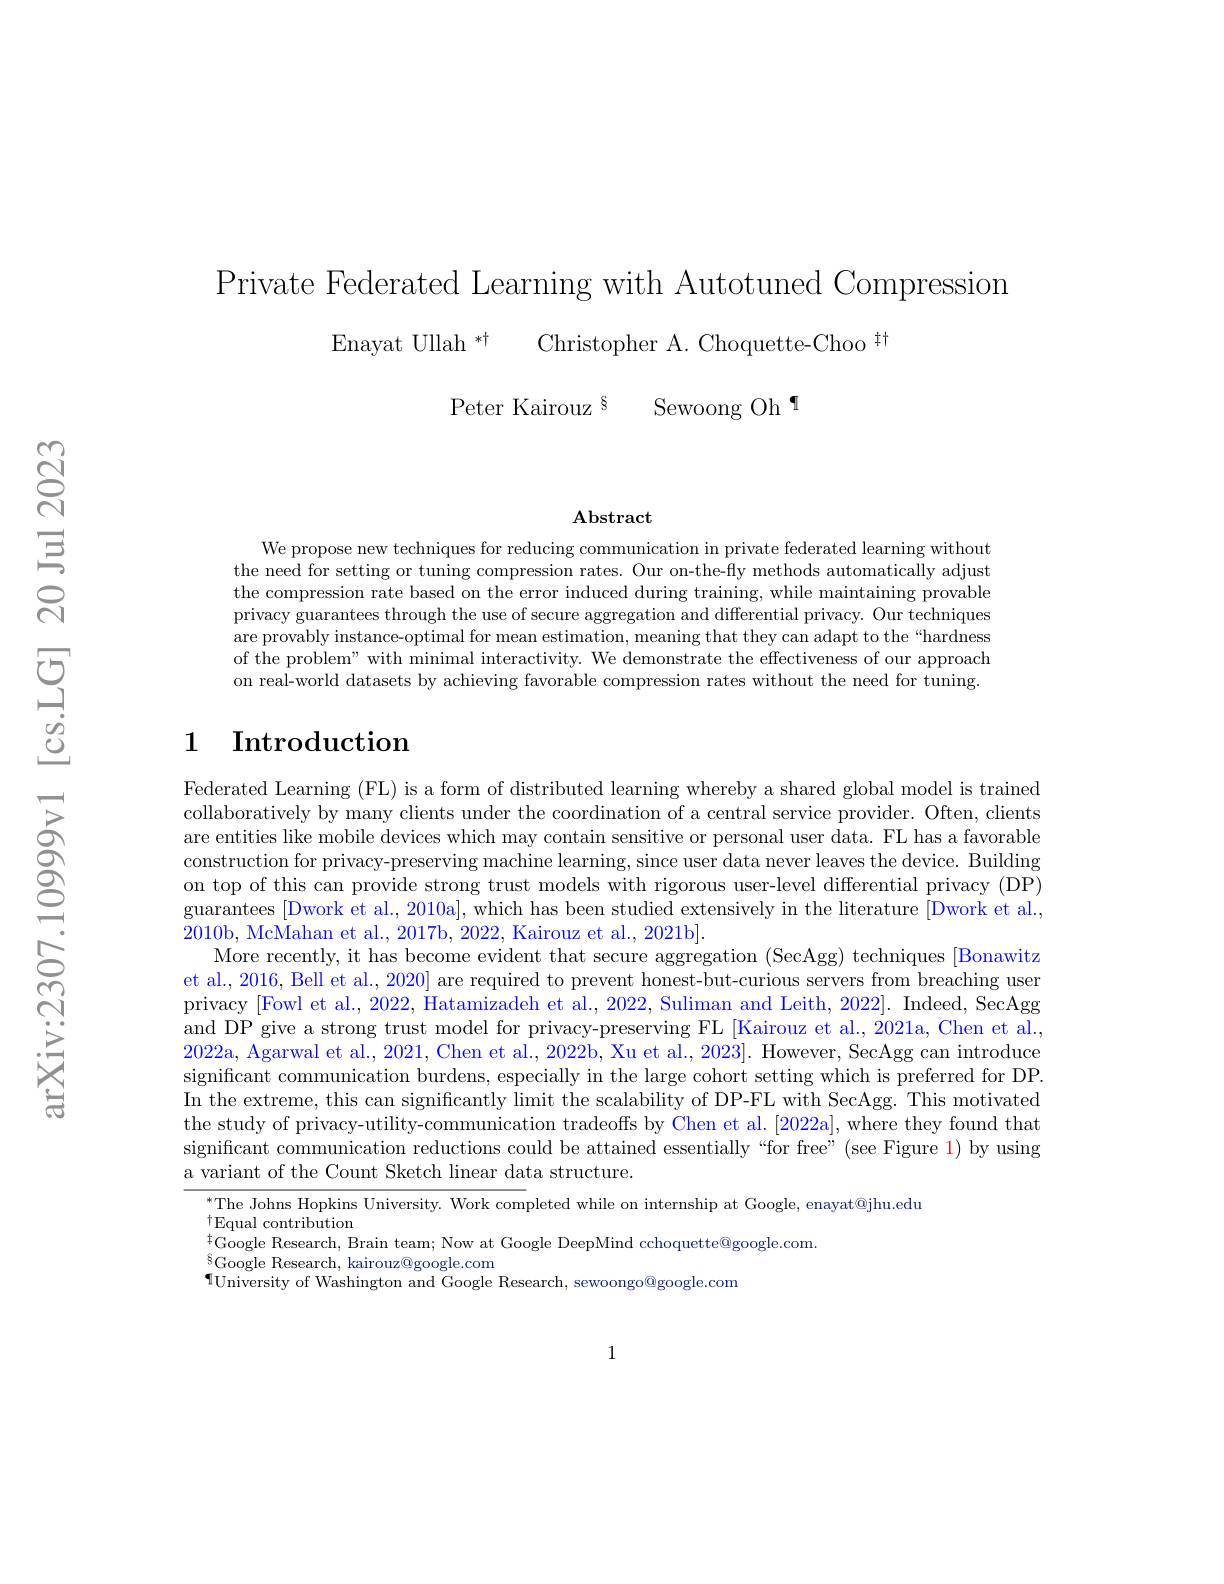
Private Federated Learning with Autotuned Compression
Enayat Ullah *t Christopher A. Choquette-Choo $^{\dagger\dagger}$
Peter Kairouz$^{8}$ Sewoong Oh$^{[\mathrm{m}]}$

$\mathbf{Abstract}$

We propose new techniques for reducing communication in private federated learning without the need for setting or tuning compression rates. Our on-the-fly methods automatically adjust the compression rate based on the error induced during training, while maintaining provable privacy guarantees through the use of secure aggregation and differential privacy. Our techniques are provably instance-optimal for mean estimation, meaning that they can adapt to the “hardness of the problem" with minimal interactivity. We demonstrate the effectiveness of our approach on real-world datasets by achieving favorable compression rates without the need for tuning.

## 1 Introduction

Federated Learning (FL) is a form of distributed learning whereby a shared global model is trained collaboratively by many clients under the coordination of a central service provider. Often, clients are entities like mobile devices which may contain sensitive or personal user data. FL has a favorable construction for privacy-preserving machine learning, since user data never leaves the device. Building on top of this can provide strong trust models with rigorous user-level differential privacy (DP) guarantees [Dwork et al., 2010a], which has been studied extensively in the literature [Dwork et al., 2010b, McMahan et al., 2017b, 2022, Kairouz et al., 2021b].
More recently, it has become evident that secure aggregation (SecAgg) techniques [Bonawitz et al., 2016, Bell et al., 2020] are required to prevent honest-but-curious servers from breaching user privacy [Fowl et al., 2022, Hatamizadeh et al., 2022, Suliman and Leith, 2022]. Indeed, SecAgg and DP give a strong trust model for privacy-preserving FL [Kairouz et al., 2021a, Chen et al., 2022a, Agarwal et al., 2021, Chen et al., 2022b, Xu et al., 2023]. However, SecAgg can introduce significant communication burdens, especially in the large cohort setting which is preferred for DP. In the extreme, this can significantly limit the scalability of DP-FL with SecAgg. This motivated the study of privacy-utility-communication tradeoffs by Chen et al.[2022a], where they found that significant communication reductions could be attained essentially“for free”(see Figure 1) by using a variant of the Count Sketch linear data structure.
$^{*}$The Johns Hopkins University. Work completed while on internship at Google, enayat@jhu.edu
$^{\dagger}$Equal contribution
$\bar{\text{tGoogle Research, Brain team; Now at Google DeepMind cchoquette@google.com.}}$
$^{\S}$Google Research, kairouz@google.com
$\P$University of Washington and Google Research, sewoongo@google.com

1